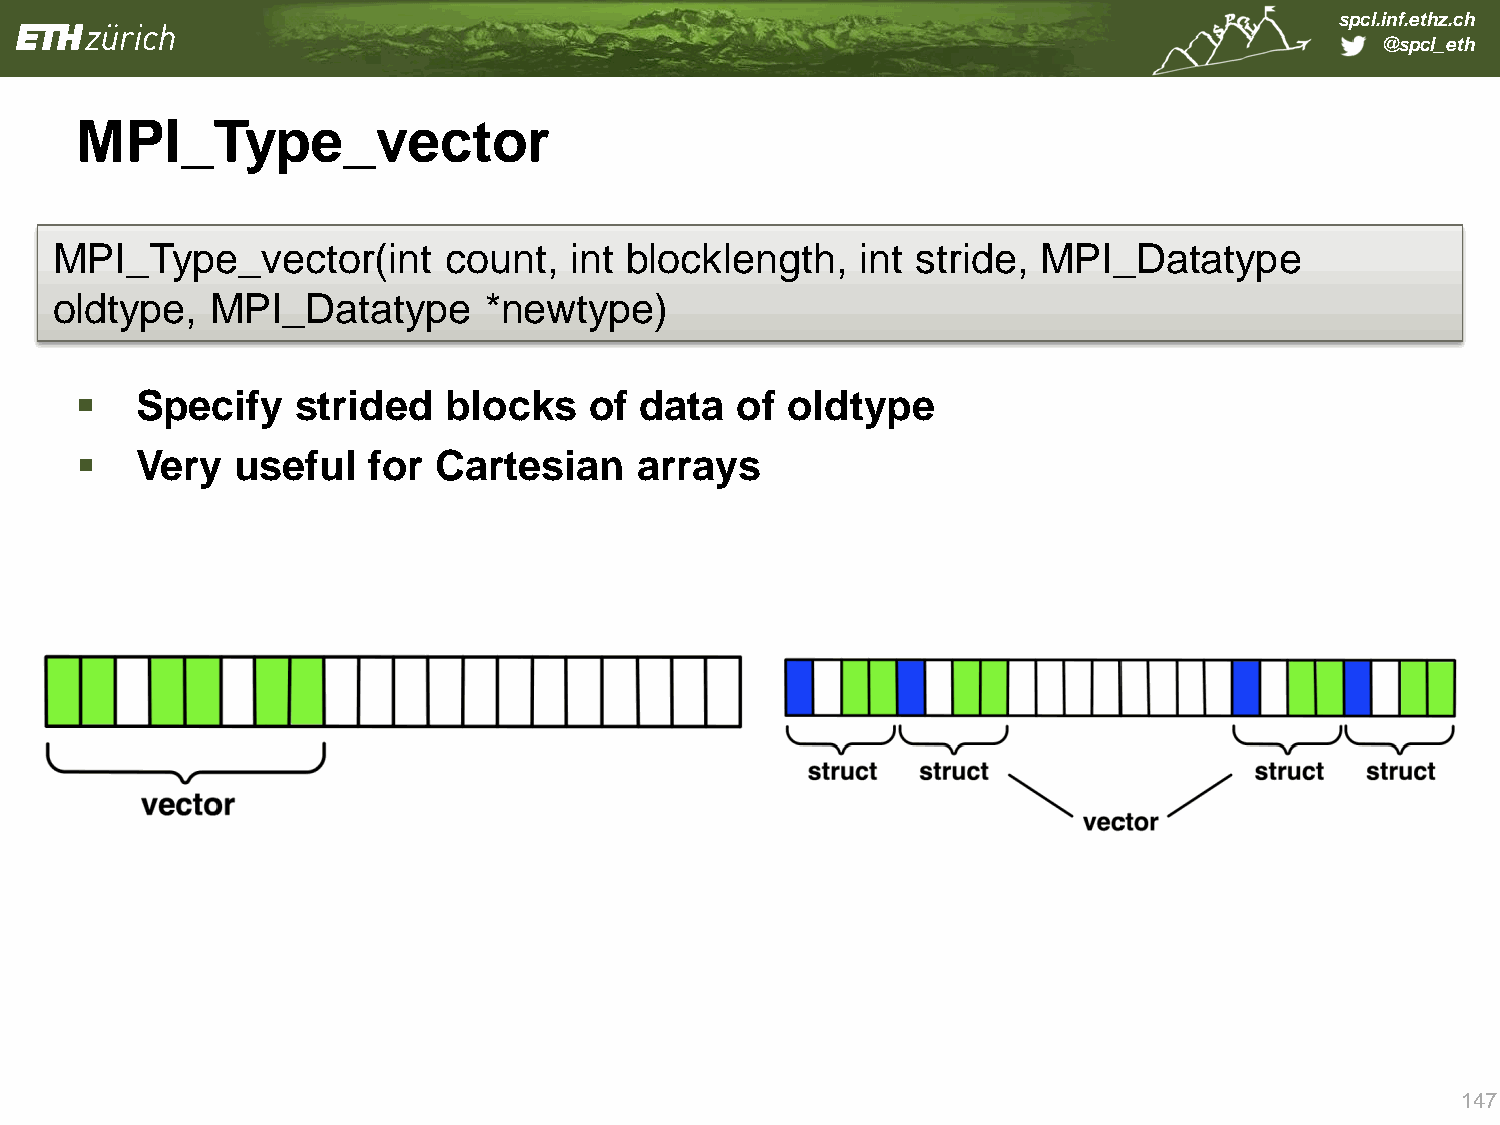
spcl.inf.ethz.ch
 @spcl_eth
 MPI_Type_vector
 MPI_Type_vector(int       count,   int blocklength,   int stride, MPI_Datatype
 oldtype,   MPI_Datatype      *newtype)
    Specify    strided  blocks    of data   of oldtype
    Very   useful  for  Cartesian    arrays
 147